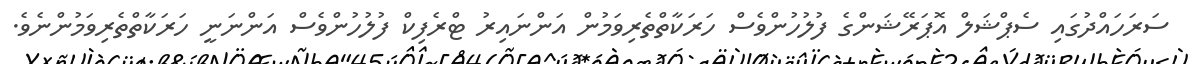
ސަރަހައްދުގައި ސެޕްޝަލް އޮޕަރޭޝަންގެ ފުލުހުންވެސް ހަރަކާތްތެރިވަމުން އަންނައިރު ޓްރެފިކް ފުލުހުންވެސް އަންނަނީ ހަރަކާތްތެރިވަމުންނެވެ.